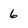
Character: 6